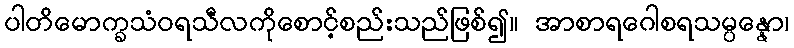
ပါတိမောက္ခသံဝရသီလကိုစောင့်စည်းသည်ဖြစ်၍။ အာစာရဂေါစရသမ္ပန္နော၊